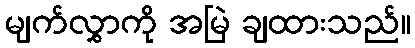
မျက်လွှာကို အမြဲ ချထားသည်။